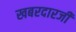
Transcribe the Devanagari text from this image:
खबरदारजी